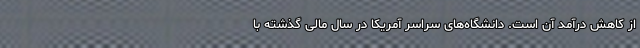
از کاهش درآمد آن است. دانشگاه‌های سراسر آمریکا در سال مالی گذشته با